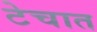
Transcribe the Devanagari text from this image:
टेचात